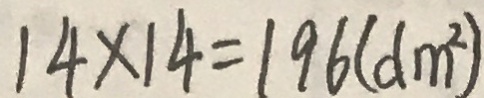
1 4 \times 1 4 = 1 9 6 ( d m ^ { 2 } )